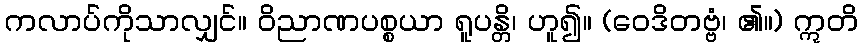
ကလာပ်ကိုသာလျှင်။ ဝိညာဏပစ္စယာ ရူပန္တိ၊ ဟူ၍။ (ဝေဒိတဗ္ဗံ၊ ၏။) ဣတိ